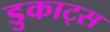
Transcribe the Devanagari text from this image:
डुकाट्स